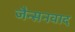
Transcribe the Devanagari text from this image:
जैन्सनवाद